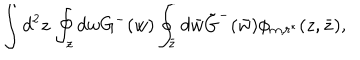
\int d ^ { 2 } z \, \oint _ { z } d w G ^ { - } ( w ) \oint _ { \bar { z } } d \bar { w } \tilde { G } ^ { - } ( \bar { w } ) \phi _ { m , r ^ { * } } ( z , \bar { z } ) ,